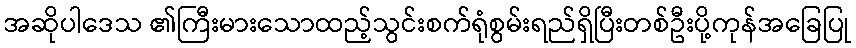
အဆိုပါဒေသ ၏ကြီးမားသောထည့်သွင်းစက်ရုံစွမ်းရည်ရှိပြီးတစ်ဦးပို့ကုန်အခြေပြု